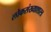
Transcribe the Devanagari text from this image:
लोकसंख्याशास्त्र